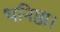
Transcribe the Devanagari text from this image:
धनिष्ठा।